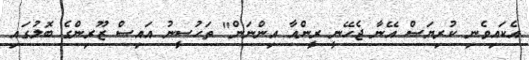
އެކައިވެނި ކުރިޔަސް އޭނާ ޖެހޭނީ ރީންއާ އިންނަން" ތަހުސީނު އައިސް ޒޫރިންގެ ބޮލުގައި